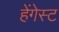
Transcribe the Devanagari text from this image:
हेंगेस्ट